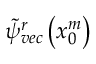
\widetilde { \psi } _ { v e c } ^ { r } \left( x _ { 0 } ^ { m } \right)